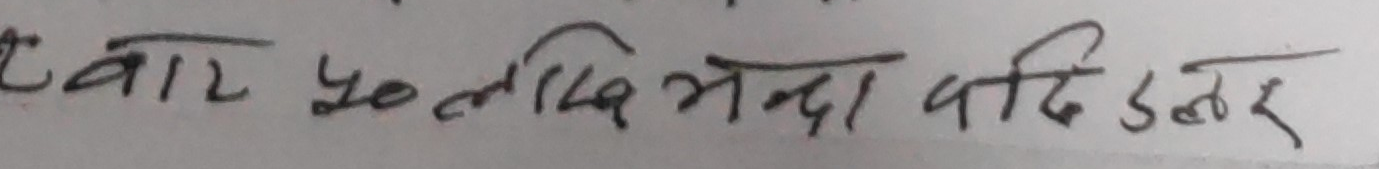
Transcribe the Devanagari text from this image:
चार ५० लाख भन्दा बढि डलर